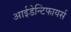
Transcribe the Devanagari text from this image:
आईडेन्टिफायर्स